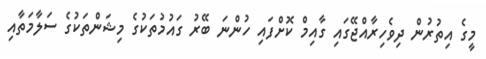
މީގެ އިތުރުން ދިވެހިރާއްޖޭގައި ގާއިމް ކޮށްފައި ހުންނަ ބޭރު ގައުމުތަކުގެ މިޝަންތަކުގެ ސަލާމަތާއި